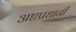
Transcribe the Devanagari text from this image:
अष्टप्रधानी